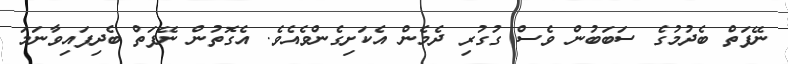
ނޭފަތް ބެދުމުގެ ސަބަބުން ވެސް ގުގުރި ދެމެން އެކަށިގެންވެއެވެ. އެގޮތުން ނޭފަތް ބެދިފައިވާނަމަ